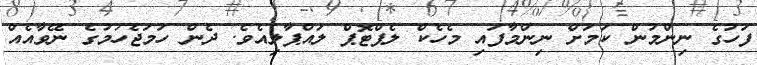
ފަހުގެ ނިންމުން ކަމަށް ނިންމާފައި މެހެކް ލެޕްޓޮޕް ލައްޕާލިއެވެ. ދެން ހަމަޖެހުމުގެ ނޭވާއެއް